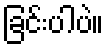
ခြင်းပါပဲ။